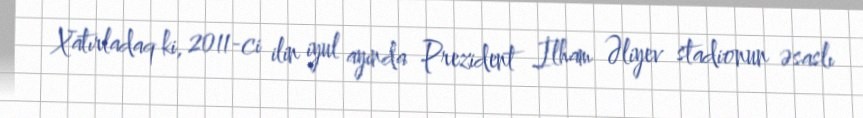
Xatırladaq ki, 2011-ci ilin iyul ayında Prezident İlham Əliyev stadionun əsaslı